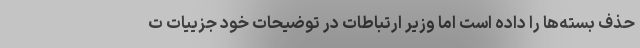
حذف بسته‌ها را داده است اما وزیر ارتباطات در توضیحات خود جزییات ت